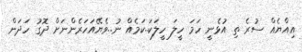
އިއްޔެއް ސުރެ ތި އުޅެނީ ހަމަ ހީލަ ހީލަކަ..ކަމެއް ނު..ވެޔޭއަހަރެންނަށް ދޮގު ހަދަން